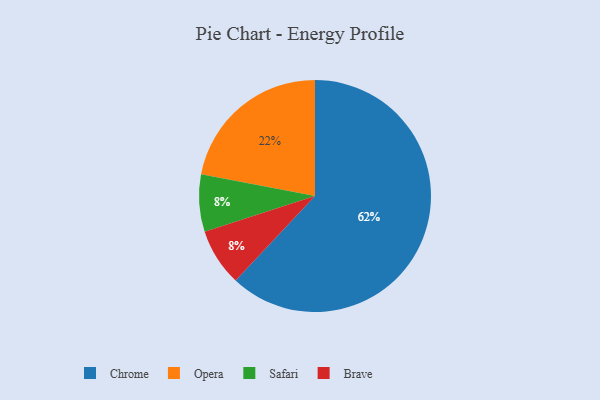
{"axis": {"x": "Category", "y": "Percentage"}, "legend": ["Brave", "Chrome", "Opera", "Safari"], "data": [{"x": "Chrome", "y": 62, "type": "Chrome"}, {"x": "Opera", "y": 22, "type": "Opera"}, {"x": "Safari", "y": 8, "type": "Safari"}, {"x": "Brave", "y": 8, "type": "Brave"}]}